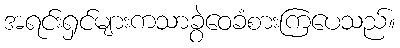
အရင်းရှင်များကသာခွဲဝေခံစားကြပေသည်။